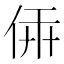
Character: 𠉔